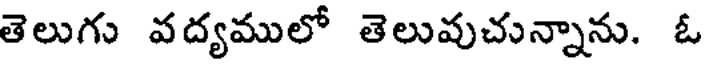
తెలుగు వద్యములో తెలువుచున్నాను. ఓ